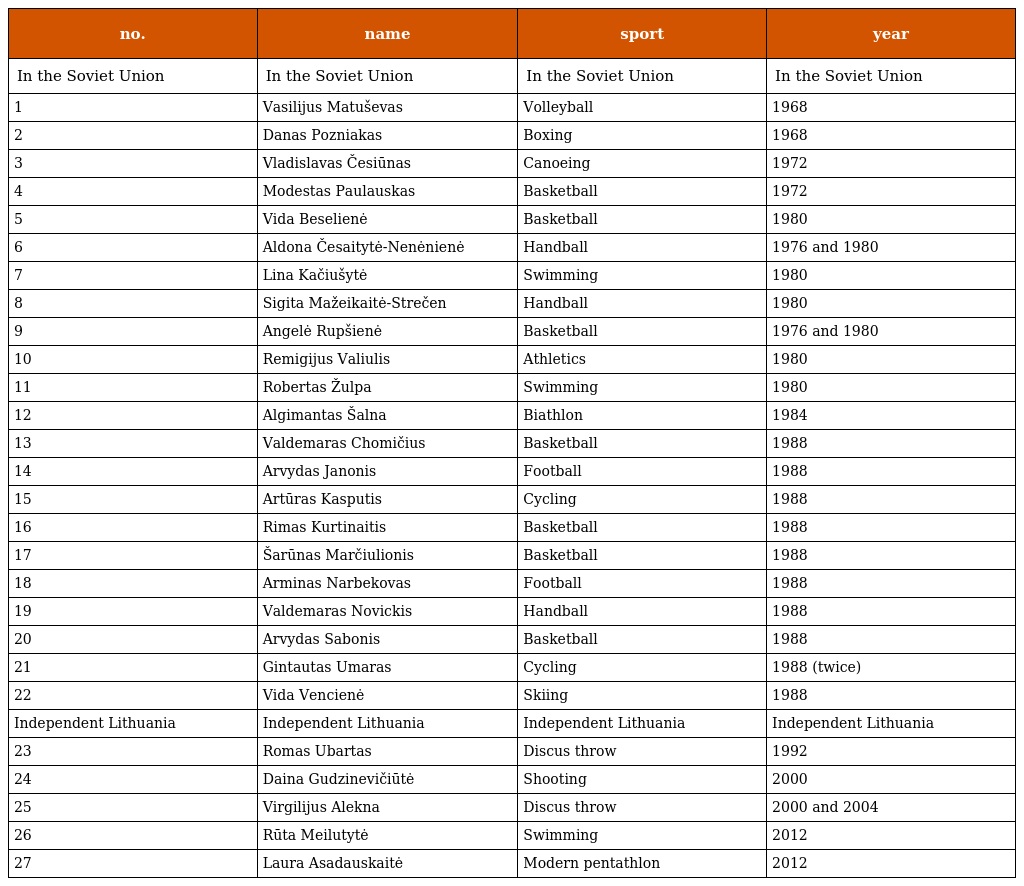
| no. | name | sport | year |
 | --- | --- | --- | --- |
 | In the Soviet Union | In the Soviet Union | In the Soviet Union | In the Soviet Union |
 | 1 | Vasilijus Matuševas | Volleyball | 1968 |
 | 2 | Danas Pozniakas | Boxing | 1968 |
 | 3 | Vladislavas Česiūnas | Canoeing | 1972 |
 | 4 | Modestas Paulauskas | Basketball | 1972 |
 | 5 | Vida Beselienė | Basketball | 1980 |
 | 6 | Aldona Česaitytė-Nenėnienė | Handball | 1976 and 1980 |
 | 7 | Lina Kačiušytė | Swimming | 1980 |
 | 8 | Sigita Mažeikaitė-Strečen | Handball | 1980 |
 | 9 | Angelė Rupšienė | Basketball | 1976 and 1980 |
 | 10 | Remigijus Valiulis | Athletics | 1980 |
 | 11 | Robertas Žulpa | Swimming | 1980 |
 | 12 | Algimantas Šalna | Biathlon | 1984 |
 | 13 | Valdemaras Chomičius | Basketball | 1988 |
 | 14 | Arvydas Janonis | Football | 1988 |
 | 15 | Artūras Kasputis | Cycling | 1988 |
 | 16 | Rimas Kurtinaitis | Basketball | 1988 |
 | 17 | Šarūnas Marčiulionis | Basketball | 1988 |
 | 18 | Arminas Narbekovas | Football | 1988 |
 | 19 | Valdemaras Novickis | Handball | 1988 |
 | 20 | Arvydas Sabonis | Basketball | 1988 |
 | 21 | Gintautas Umaras | Cycling | 1988 (twice) |
 | 22 | Vida Vencienė | Skiing | 1988 |
 | Independent Lithuania | Independent Lithuania | Independent Lithuania | Independent Lithuania |
 | 23 | Romas Ubartas | Discus throw | 1992 |
 | 24 | Daina Gudzinevičiūtė | Shooting | 2000 |
 | 25 | Virgilijus Alekna | Discus throw | 2000 and 2004 |
 | 26 | Rūta Meilutytė | Swimming | 2012 |
 | 27 | Laura Asadauskaitė | Modern pentathlon | 2012 |